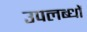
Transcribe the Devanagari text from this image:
उपलब्धों